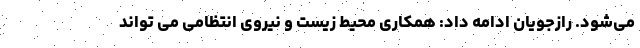
می‌شود. رازجویان ادامه داد: همکاری محیط زیست و نیروی انتظامی می تواند